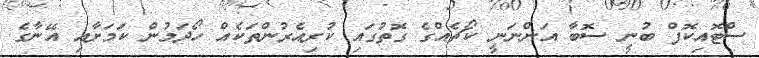
ސްޓޮއިކޮފް ބުނީ ސޮބާ އަންނަނީ ކޯޗެއްގެ ގޮތުގައި ކުރިއެރުންތަކެއް ހޯދަމުން ކަމަށާއި އޭނާގެ